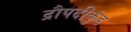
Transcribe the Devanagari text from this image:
द्रौपदीकुंड